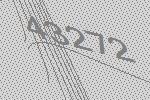
43272